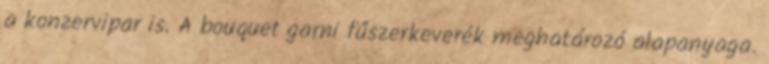
a konzervipar is. A bouquet garni fűszerkeverék meghatározó alapanyaga.